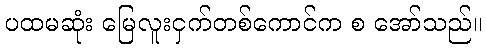
ပထမဆုံး မြေလူးငှက်တစ်ကောင်က စ အော်သည်။